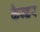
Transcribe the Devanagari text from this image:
कैन्डर